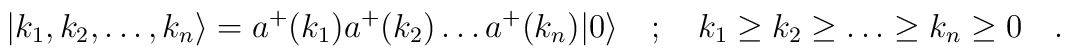
|k_{1},k_{2},\dots ,k_{n}\rangle =a^{+}(k_{1})a^{+}(k_{2})\dots a^{+}(k_{n})|0\rangle \quad ;\quad k_{1}\geq k_{2}\geq \dots \geq k_{n}\geq 0\quad .